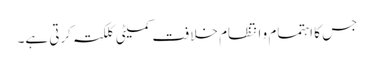
جس کا اہتمام و انتظام خلافت کمیٹی کلکتہ کرتی ہے۔